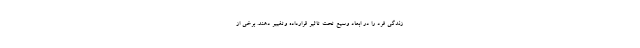
زندگی فرد را در ابعاد وسیع تحت تاثیر قرارداده وتغییر دهند. برخی از